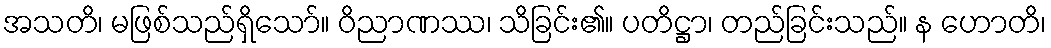
အသတိ၊ မဖြစ်သည်ရှိသော်။ ဝိညာဏဿ၊ သိခြင်း၏။ ပတိဋ္ဌာ၊ တည်ခြင်းသည်။ န ဟောတိ၊